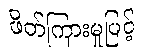
ဖိတ်ကြားမှုဖြင့်